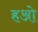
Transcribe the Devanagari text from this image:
हओ